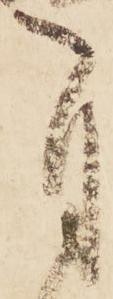
自